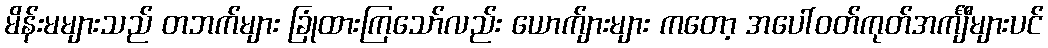
မိန်းမများသည် တဘက်များ ခြုံထားကြသော်လည်း ယောက်ျားများ ကတော့ အပေါ်ဝတ်ကုတ်အင်္ကျီများပင်